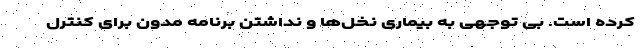
کرده است. بی توجهی به بیماری نخل‌ها و نداشتن برنامه مدون برای کنترل